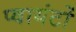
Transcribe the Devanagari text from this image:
प्वायंटों